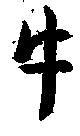
牛